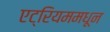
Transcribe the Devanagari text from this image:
एट्रियममधून